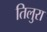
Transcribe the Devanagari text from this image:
तिलुरा